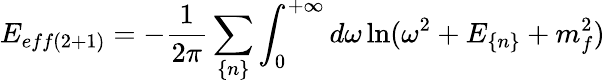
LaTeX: E_{eff(2+1)}=-\frac{1}{2\pi}\sum_{\{ n\} }\int_{0}^{+\infty}d\omega\ln(\omega^{2}+E_{\{ n\} }+m_{f}^{2})